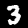
Label: 3